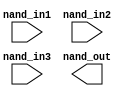
// This program was cloned from: https://github.com/chipsalliance/aib-phy-hardware
// License: Apache License 2.0

// SPDX-License-Identifier: Apache-2.0
// Copyright (C) 2019 Intel Corporation. 
//****************************************************************************************
// Copyright (C) 2011 Altera Corporation. .
//
//****************************************************************************************

//------------------------------------------------------------------------
// Description: standard nand4 gate
//
//------------------------------------------------------------------------

module altr_hps_nand3
    (
    input  wire              nand_in1,     // and input 1
    input  wire              nand_in2,     // and input 2
    input  wire              nand_in3,     // and input 3
    output  wire             nand_out      // and output
     );

`ifdef ALTR_HPS_INTEL_MACROS_OFF
    assign nand_out = ~(nand_in1 & nand_in2 & nand_in3);
`else

`endif

endmodule // altr_hps_nand3